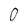
Character: 0